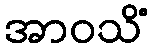
အာဝသိံ